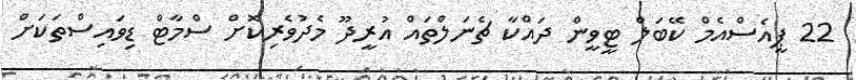
22 ޕީއެސްއެމް ކޭބަލް ޓީވީން ދައްކާ ޗެނަލްތައް އުރީދޫ މެދުވެރިކޮށް ސްމާޓް ޑިވައިސްތަކަށް